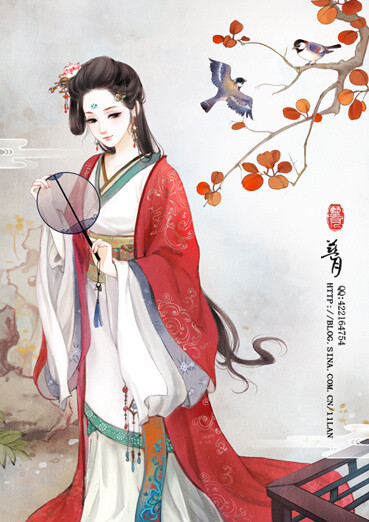
朝为越溪女，暮作吴宫妃。